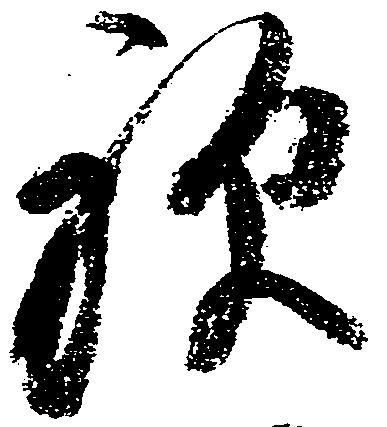
禅